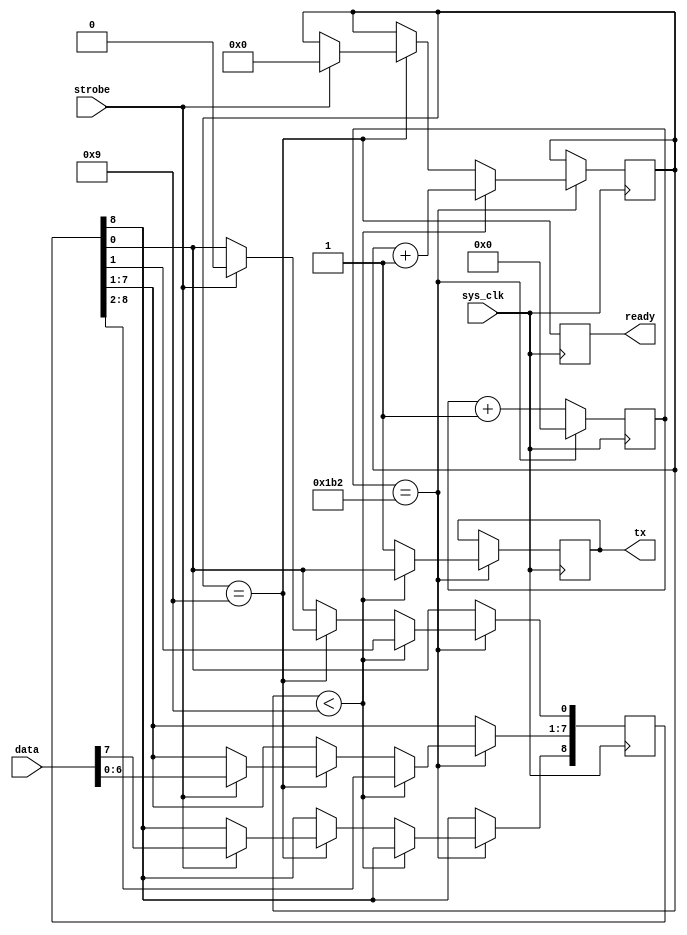
`timescale 1ns / 1ps
//////////////////////////////////////////////////////////////////////////////////
// Company: 
// Engineer: 
// 
// Design Name: 
// Module Name: SerialWrite
// Project Name: 
// Target Devices: 
// Tool Versions: 
// Description: 
// 
// Dependencies: 
// 
// Revision:
// Revision 0.01 - File Created
// Additional Comments:
// 
//////////////////////////////////////////////////////////////////////////////////


module SerialWrite#(
    parameter ClockDivider = 434,
    parameter DataBits = 8,
    parameter StopBits = 1
)
(
    input sys_clk,
    output tx,
    input [DataBits-1:0] data,
    input strobe,
    output ready
);

localparam StartBits = 1;
localparam CounterBits = $clog2(ClockDivider);
localparam SentBits = StartBits + DataBits;
localparam TotalBits = SentBits + StopBits;

reg [CounterBits-1:0]divider;
reg txLine;
reg readyLine;

assign tx = txLine;
assign ready = readyLine;

reg [SentBits-1:0]shiftRegister;
reg [$clog2(SentBits)-1:0]state;

initial
begin
    divider = 0;
    txLine = 1;
    
    readyLine = 1;
    state = TotalBits-1; // Indicates ready and sending out the stop bit
end

always@( posedge sys_clk )
begin
    readyLine <= (state == TotalBits-1);
    
    if( divider==ClockDivider )
    begin
        divider <= 0;
        
        if( state<SentBits )
        begin
            state <= state + 1;
            txLine <= shiftRegister[0];
            shiftRegister[SentBits-2:0] <= shiftRegister[SentBits-1:1]; // Shift the register
        end else begin
            txLine <= 1; // Stop bit
            if( state < TotalBits-1 )
            begin
                state <= state+1;
            end else if( state == TotalBits-1 ) begin
                if( strobe )
                begin
                    shiftRegister[ StartBits-1:0 ] <= 0;
                    shiftRegister[ SentBits-1:StartBits ] <= data;
                    state <= 0;
                end
            end
        end
    end else begin
        divider <= divider + 1;
    end
end

endmodule